Vaccination report Assam 1874-1896 - 1874-1896
Year: 1874
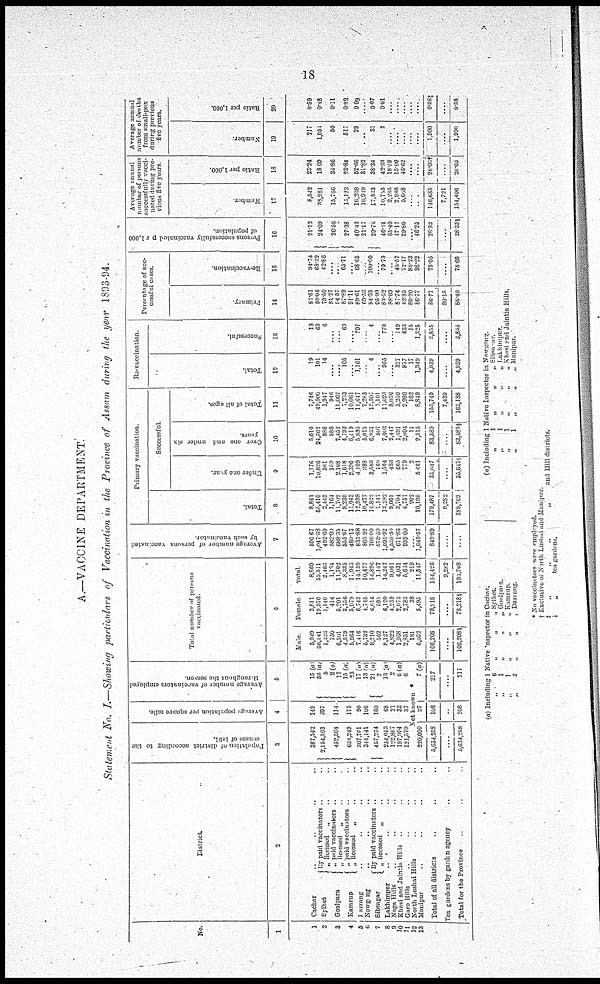
18
A.—VACCINE DEPARTMENT.
Statement No. I.—Showing particulars of Vaccination in the Province of Assam during the year 1893-94.
No.
1
1
2
3
4
5
6
7
8
9
10
11
12
13
District.
2
Cachar .. .. .. ..
Sylhet
Goalpara
Kamrup
By paid vaccinators .. ..
„ licensed
„ .. ..
„ paid vaccinators .. ..
„ licensed
„ .. ..
„ paid vaccinators .. ..
„ licensed
„ .. ..
Darrang.. .. .. ..
Nowgong..
..
..
..
Sibsagar
By paid vaccinator .. ..
„ licensed „ .. ..
Lakhimpur. .. .. .. ..
Naga Hills .. .. .. ..
Khasi and Jaintiu Hills .. .. ..
Garo Hills .. .. .. ..
North Lushai Hills .. .. ..
Manipur .. .. .. ..
Total of all districts .. .. ..
Tea gardens by garden agency .. ..
Total for the Province .. ..
Population of district according to the
census of 1891.
3
367,542
2,154,593
452,304
634,249
307,761
344,141
457,274
254,053
122,867
197,904
121,570
Average
population per square mile.
4
149
397
114
173
90
106
160
68
21
33
37
Average number of varccinators employed
throughout the season
5
15(a)
53(a)
5
2(a)
17
15 (a)
23
17 (a)
13(a)
21 (a)
2
13(a)
2
b(a)
6
Not known *
220,000
5,634,258
...
5,634,258
27
108
..
108
7(a)
217
....
217
Total number of persons
vaccinated.
6
Male.
5,049
36,141
1,323
750
6,501
4,579
5,964
7,416
5,732
8,210
552
8,127
4,822
1,958
2,851
181
6,052
106,208
....
106,208 §
Female.
3,811
19,370
1,140
414
5,201
3,756
5,079
6,743
4,745
6,616
595
6,120
4,239
2,073
2,783
38
5,495
78,218
....
78,218§
Total.
8,860
55,511
2,468
1,164
11,702
8,135
11,048
14,159
10,477
14,826
1,117
14,247
9,061
4,031
5,634
219
11,547
184,426
9,282
193,708
Average number of persons vaccinated
by each vaccinator
7
590.67
1,047.38
492.60
582.00
688.35
555.67
480.13
833.88
805.92
706.00
573.50
1,095.92
4,530.50
671.83
939.00
...
1,649.57
849.89
..
Primary vaccination.
Total.
8
8,841
55,410
2,449
1,164
11,702
8,230
11,943
12,998
10,477
14,822
1,147
1,3,282
9,061
3,704
4,757
202
10,198
179,487
9,282
188,769
Successful.
Under one year.
9
1,176
10,626
361
139
2,108
1,618
2,396
4,109
398
3,588
169
l,564
483
665
779
2
5,461
35,647
....
35,647§
Over one and under six
years
10
5,010
24,362
986
588
7,452
4,793
6,419
5,855
5,015
6,931
507
7,003
2,417
1,691
2,004
11
2,515
83,589
....
83,589§
Total of all ages.
11
7,746
49,900
1,947
946
11,067
7,233
10,061
11,647
7,285
12,501
1,101
11,028
8,036
3,250
2,990
162
8,849
155,749
7,439
163,188
Re-vaccination.
Total.
12
19
101
14
....
.... 105
... 1,161
..
4
... 965
....
327
877
17
1,349
4,939
....
4,939
Successful.
13
18
69
6
....
.... 69
......
797
..
4
....
770
....
149
633
15
1,325
3,855
....
3,855
Percentage of suc¬
cessful cases.
Primary.
14
87.61
90.06
79.50
81.27
94.57
87.89
91.11
89.61
69.53
84.35
95.99
86.02
88.60
87.74
62.85
80.20
86.77
86.77
80.15
86.40
Re-vaccination
15
94.74
68.32
42.86
....
.... 65.71
.... 68.65
....
100.00
....
79.79
.... 42.57
72.17
88.23
98.22
78.05
....
78.05
Persons successfully vaccinated per 1,000
of population.
16
21.12
24.09
26.56
27.38
40.43
21.17
29.76
46.14
65.40
17.17
29.80
....
46.25
28.33
....
28.33§
Average animal
number of persons
successfully vacci-
nated during pre-
vious five years
Number.
17
8,542
38,981
15,766
15,123
16,208
10,919
17,513
10,755
2,285
2,986
5,668
....
....
146,685
7,721
154,406
Ratio per 1,000.
18
23.24
18.09
34.86
23.84
52.66
31.82
38.34
42.33
18.89
15.09
46.62
....
....
26.03†
....
20.03
Average annual
number of deaths
from small-pox
during previous
five years.
Number.
19
217
1,054
50
517
29
....
31
2
....
....
....
....
....
1,900
....
1,990
Ratio per 1,000.
20
0.59
0.48
0.11
0.82
0.09
....
0.07
0.61
....
....
....
....
.....
0.38‡
....
0.38
(a) Including 1 Native Inspector in Cachar.
„ 6
„ „ „ Sylhet.
„
1
„
„
„
Goalpara.
„
1
„
„
„ Kamrup.
„
2
„
„
„
Darrang.
(a) Including 1 Native Inspector in Nowgong.
„
1 „
„
„ Sibsagar.
„
1
„
„
„ Lakhimpur
„
1
„
„
„ Khasi and Jaintia Hills.
„
1
„
„
„
Manipur.
*No vaccinators were employed.
† Exclusive or North Lushia and Manipur.
‡
„
„
„
„
and Hill districts.
„
„
tea gardens.